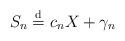
LaTeX: \begin{align*}S_n \stackrel{\mathrm{d}}{=} c_nX+\gamma_n\end{align*}